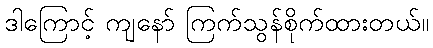
ဒါကြောင့် ကျနော် ကြက်သွန်စိုက်ထားတယ်။